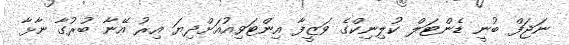
ނަޖަފް ބުނީ ޑެންޓަލް ކުލިނިކްގެ ވަޒީފާ އިންޓަވިއުއަށްދިޔަ އިރު އޭނާ ބުރުގާ ނާޅާ